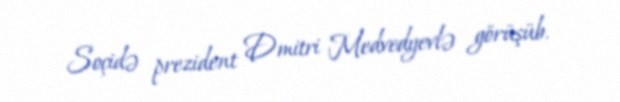
Soçidə prezident Dmitri Medvedyevlə görüşüb.